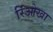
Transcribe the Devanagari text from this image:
रिओखा